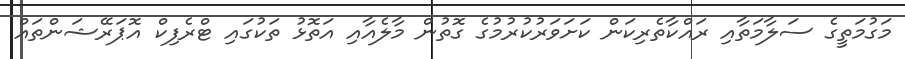
މަގުމަތީގެ ސަލާމަތާއި ރައްކާތެރިކަން ކަށަވަރުކުރުމުގެ ގޮތުން މާލެއާއި އަތޮޅު ތަކުގައި ޓްރެފިކް އޮޕަރޭޝަންތައް